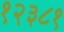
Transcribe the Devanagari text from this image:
१२३८१